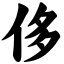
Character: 侈